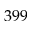
3 9 9